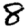
Digit: 8